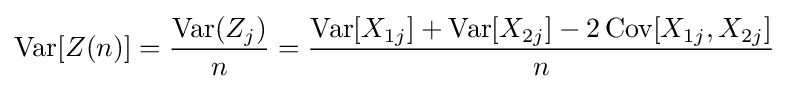
\operatorname {Var} [Z(n)]={\frac {\operatorname {Var} (Z_{j})}{n}}={\frac {\operatorname {Var} [X_{1j}]+\operatorname {Var} [X_{2j}]-2\operatorname {Cov} [X_{1j},X_{2j}]}{n}}